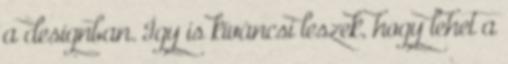
a designban. Így is kíváncsi leszek, hogy lehet a